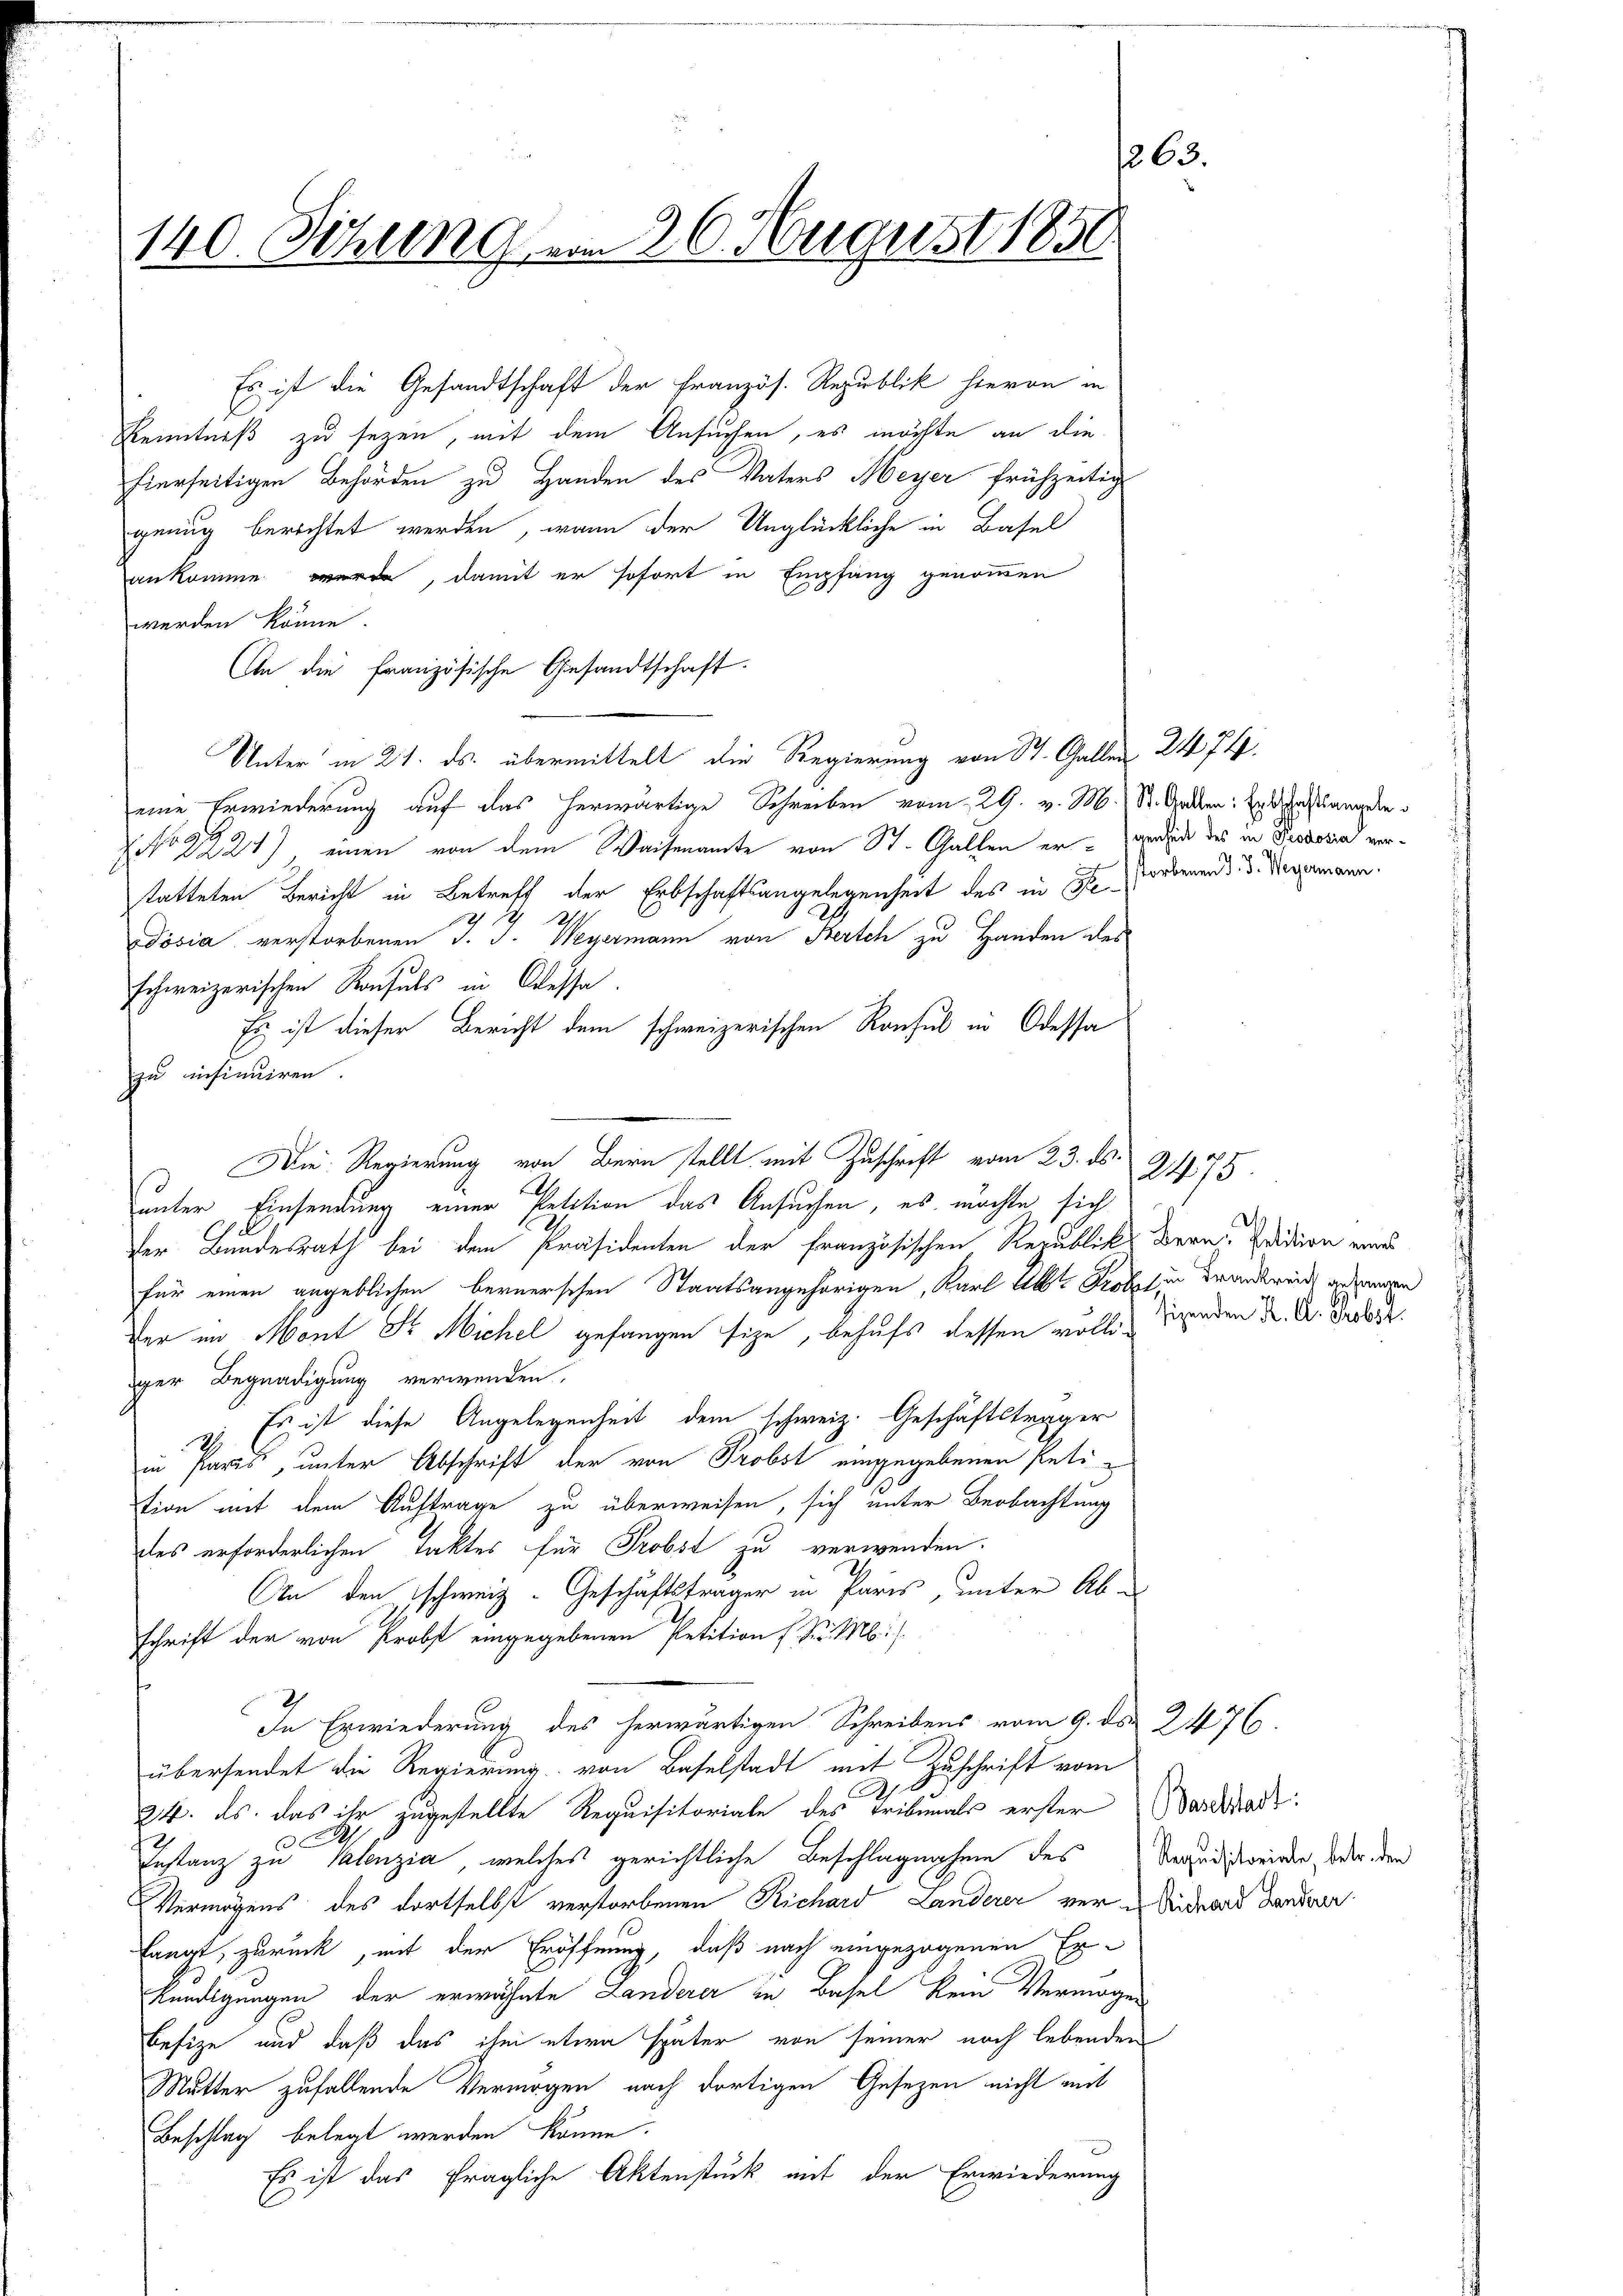
140. Sitzung vom 26. August 1850

Es ist die Gesandtschaft der Französ. Republik hievon in
Kenntniß zu sezen, mit dem Ansuchen, es möchte an die
hierseitigen Behörden zu Handen des Vaters Meyer frühzeitig
genug berichtet werden, wann der Unglückliche in Basel
ankomme werde, damit er sofort in Empfang genommen
werden könne.
An die Französische Gesandtschaft.
Unter in 21. ds. übermittelt die Regierung von St. Gallen
eine Erwiederung auf das herwärtige Schreiben vom 29. v. M. St. Anden: Erdschaftsangele
NNo. 2221) einen von dem Waisenamte von St. Gallen er-verdich des in Pissor vortatteten Bericht in Betreff der Erbschaftsangelegenheit des in Be¬
212
Dösia verstorbenen J. J. Weyermann von Zürich zu Handen des
schweizerischen Konsuls in Classe.
Es ist dieser Bericht dem schweizerischen Konsul in Odessa
zu insinuiren.
Die Regierung von Bern stellt mit Zuschrift vom 23. ds.
unter Einsendung einer Petition das Ansuchen, es möchte sich
Der Bundesrath bei dem Präsidenten der Französischen Republik Bern Edition wird
für einen angeblichen bernerschen Staatsangehörigen, Karl Ab. Probst in Frankreid anderen
der im Mont Sr. Michel gefangen sie, behufs dessen volle direnden Dr. A. Darle
iger Begnadigung verwenden.
Es ist diese Angelegenheit dem schweiz. Geschäftsträger
Ih
in Paris, unter Abschrift der von Probst eingegebenen Petition mit dem Auftrage zu überweisen, sich unter Beobachtung
des erforderlichen Taktes für Probst zu verwenden.
An den schweiz. Geschäftsträger in Paris, unter Abschrift der von Probst eingegebenen Petition f. S. M.
In Erwiederung des herwärtigen Schreibens vom 9. ds. 2476.
übersendet die Regierung von Baselstadt mit Zuschrift vom
Ah.
24. ds. das ihr zugestellte Requisitoriale des Tribunals erster Bastnad
.
Instanz zu Kalenzia, welches gerichtliche Beschlagnahen des Vereidistreiden, oder den
Vermögens des dortselbst verstorbenen Richard Landerer vere Mitard danken
langt, zurück, mit der Eröffnung, daß nach eingezogenen Ex-
kündigungen, der erwähnte Landerer in Basel kein Vermögen
befize und daß das ihm etwa später von seiner noch lebenden
Mutter zufallende Vermögen nach dortigen Gesezen nicht mit
Beschlag belegt werden könne.
Es ist das fragliche Aktenstück mit der Erwiederung

2474.
storbenen J. J. Weyermann.

263.

2175
A